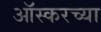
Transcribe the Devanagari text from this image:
आॅस्करच्या